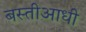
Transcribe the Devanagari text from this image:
बस्तीआधी